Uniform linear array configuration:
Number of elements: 12
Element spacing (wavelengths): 0.25
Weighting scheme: binomial
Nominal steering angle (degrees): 30
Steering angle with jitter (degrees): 28.809
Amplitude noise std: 0.05
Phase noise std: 0.05

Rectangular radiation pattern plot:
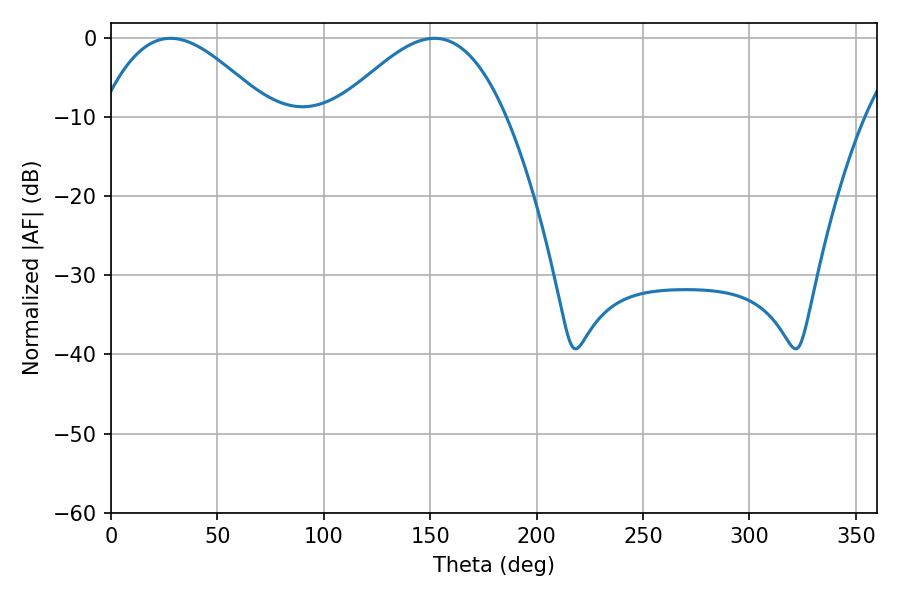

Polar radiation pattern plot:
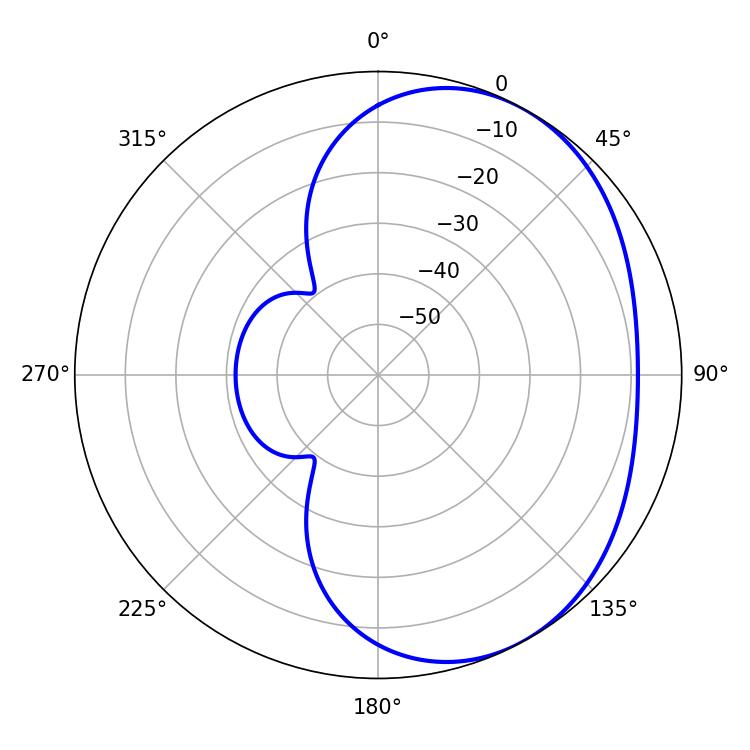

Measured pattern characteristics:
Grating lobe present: FALSE
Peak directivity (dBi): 3.548
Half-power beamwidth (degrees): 42.84
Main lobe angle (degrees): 27.9